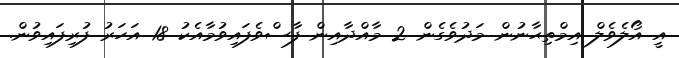
އީ އޯލެވެލް އިމްތިޙާނުން މަދުވެގެން 2 މާއްދާއިން ފާސްވެފައިވުމާއެކު 18 އަހަރު ފުރިފައިވުން.